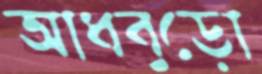
আধবুড়ো